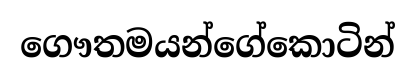
ගෞතමයන්ගේකොටින්